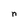
Character: n